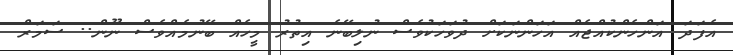
އެފަދަ އަންހެންކުއްޖެއް އަހަންނަކަށް ދުވަހަކުވެސް ނުލިބޭނެ އިތުރު މީހެއް ބޭނުމެއްވެސް ނޫން.. ސަމަރް